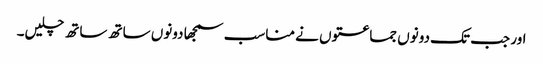
اور جب تک دونوں جماعتوں نے مناسب سمجھا دونوں ساتھ ساتھ چلیں۔